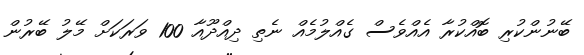
ބޭނުންކުރި ބޮއްކުރާ އެއްވެސް ގެއްލުމެއް ނެތި ދިއްދޫއާ 100 ވަރަކަށް މޭލު ބޭރުން